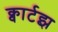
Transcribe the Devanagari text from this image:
क्वार्टझ